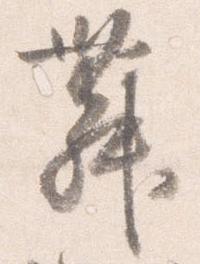
舞